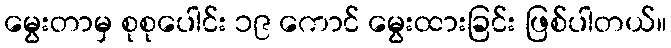
မွေးတာမှ စုစုပေါင်း ၁၉ ကောင် မွေးထားခြင်း ဖြစ်ပါတယ်။